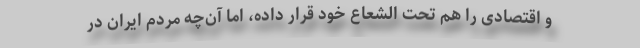
و اقتصادی را هم تحت الشعاع خود قرار داده، اما آن‌چه مردم ایران در